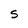
Character: 5